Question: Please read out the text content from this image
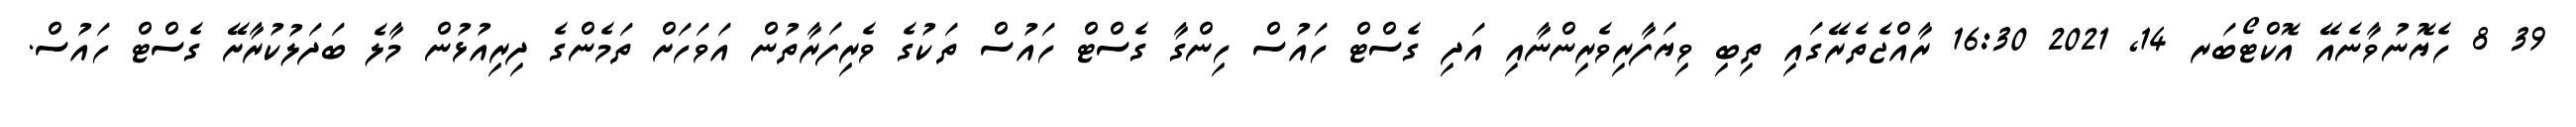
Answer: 39 8 ހެޔޮނުވާނެއޭ އޮކްޓޯބަރ 14, 2021 16:30 ރާއްޖެތެރޭގައި ތިބި ވިޔަފާރިވެރިންނާއި އަދި ގެސްޓް ހައުސް ހިންގާ ގެސްޓް ހައުސް ތަކުގެ ވެރިފަރާތުން އަވަހަށް ތަމެންގެ ދިރިއުޅުން މާލެ ބަދަލުކުރާށޭ ގެސްޓް ހައުސް.